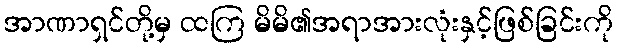
အာဏာရှင်တို့မှ ထကြ မိမိ၏အရာအားလုံးနှင့်ဖြစ်ခြင်းကို